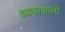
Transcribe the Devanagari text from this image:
आकाशचरों